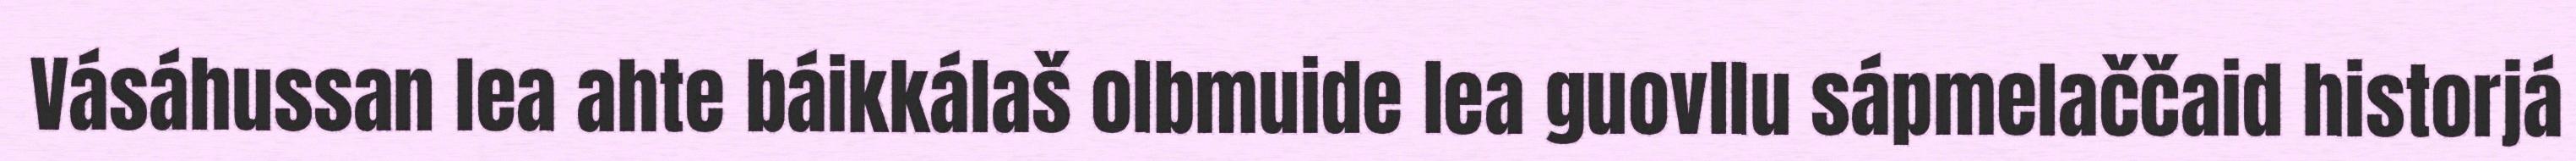
Vásáhussan lea ahte báikkálaš olbmuide lea guovllu sápmelaččaid historjá